Report on vaccination in the Province of Bengal - 1874-1889
Year: 1874
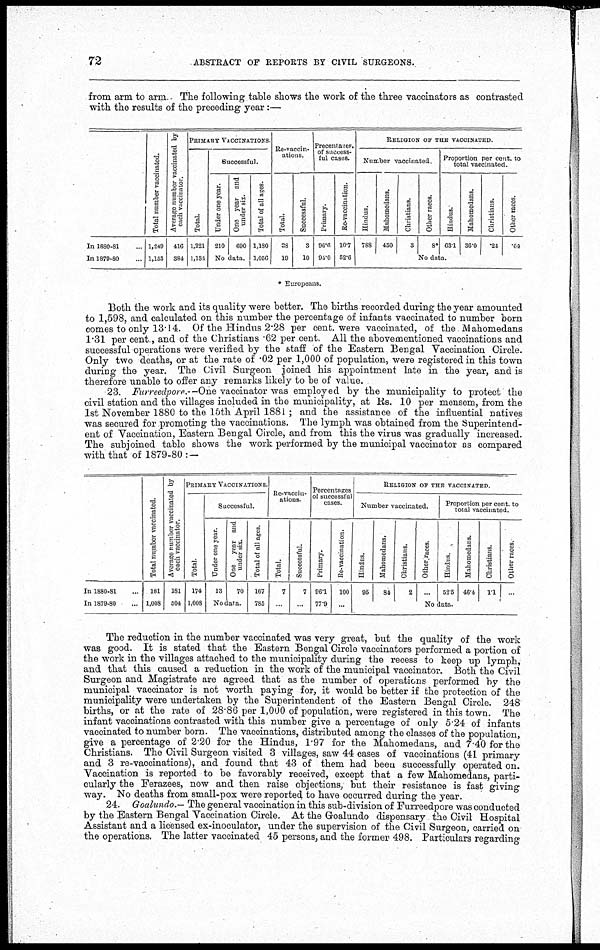
72
ABSTRACT OF REPORTS BY CIVIL SURGEONS.
from arm to arm. The following table shows the work of the three vaccinators as contrasted
with the results of the preceding year:—
In 1880-81...
In 1879-80...
Total number vaccinated.
1,249
1,153
Average number vaccinated by
each vaccinator.
416
384
PRIMARY VACCINATIONS.
Total.
1,221
1,134
Successful.
Under one year.
210
One year and
under sis.
690
No data.
Total of all ages.
1,180
1,056
Re-vaccin-
ations.
Total.
28
19
Successful.
3
10
Precentages.
of success-
ful cases.
Primary.
96.6
94.0
Re-vaccination.
10.7
52.6
RELIGION OF THE VACCINATED.
Number vaccinated.
Hindus.
788
Mahomedans.
450
Christians.
3
Other races.
8*
Proportion per cent. to
total vaccinated.
Hindus.
63.1
Mahomedans.
36.0
Christians.
*24
Other races.
.04
No data.
* Europeans.
Both the work and its quality were better. The births recorded during the year amounted
to 1,598, and calculated on this number the percentage of infants vaccinated to number born
comes to only 13.14. Of the Hindus 2.28 per cent. were vaccinated, of the Mahomedans
1.31 per cent., and of the Christians .62 per cent. All the abovementioned vaccinations and
successful operations were verified by the staff of the Eastern Bengal Vaccination Circle.
Only two deaths, or at the rate of .02 per 1,000 of population, were registered in this town
during the year. The Civil Surgeon joined his appointment late in the year, and is
therefore unable to offer any remarks likely to be of value.
23. Furreedpore.—One vaccinator was employed by the municipality to protect the
civil station and the villages included in the municipality, at Rs. 10 per mensem, from the
1st November 1880 to the 15th April 1881 ; and the assistance of the influential natives
was secured for promoting the vaccinations. The lymph was obtained from the Superintend-
ent of Vaccination, Eastern Bengal Circle, and from this the virus was gradually increased.
The subjoined table shows the work performed by the municipal vaccinator as compared
with that of 1879-80: —
In 1880-81...
In 1879-80...
Total number vaccinated.
181
1,008
Average number vaccinated by
each vaccinator.
181
504
PRIMARY VACCINATIONS.
Total.
174
1,008
Successful.
Under one year.
13
One year and
under six.
70
No data.
Total of all ages.
167
785
Re-vaccin-
ations.
Total.
7
...
Successful.
7
...
Percentages
of successful
cases.
Primary.
96.1
77.9
Re-vaccination.
100
...
RELIGION OF THE VACCINATED.
Number vaccinated.
Hindus.
95
Mahomedans.
84
Christians.
2
Other races.
...
Proportion per cent. to
total vaccinated.
Hindus.
52.5
Mahomedans.
46.4
Christians.
1.1
Other races.
...
No data.
The reduction in the number vaccinated was very great, but the quality of the work
was good. It is stated that the Eastern Bengal Circle vaccinators performed a portion of
the work in the villages attached to the municipality during the recess to keep up lymph,
and that this caused a reduction in the work of the municipal vaccinator. Both the Civil
Surgeon and Magistrate are agreed that as the number of operations performed by the
municipal vaccinator is not worth paying for, it would be better if the protection of the
municipality were undertaken by the Superintendent of the Eastern Bengal Circle. 248
births, or at the rate of 28.86 per 1,000 of population, were registered in this town. The
infant vaccinations contrasted with this number give a percentage of only 5.24 of infants
vaccinated to number born. The vaccinations, distributed among the classes of the population,
give a percentage of 2.20 for the Hindus, 1.97 for the Mahomedans, and 7.40 for the
Christians. The Civil Surgeon visited 3 villages, saw 44 cases of vaccinations (41 primary
and 3 re-vaccinations), and found that 43 of them had been successfully operated on.
Vaccination is reported to be favorably received, except that a few Mahomedans, parti-
cularly the Ferazees, now and then raise objections, but their resistance is fast giving
way. No deaths from small-pox were reported to have occurred during the year.
24. Goalundo.— The general vaccination in this sub-division of Furreedpore was conducted
by the Eastern Bengal Vaccination Circle. At the Goalundo dispensary the Civil Hospital
Assistant and a licensed ex-inoculator, under the supervision of the Civil Surgeon, carried on
the operations. The latter vaccinated 45 persons, and the former 498. Particulars regarding